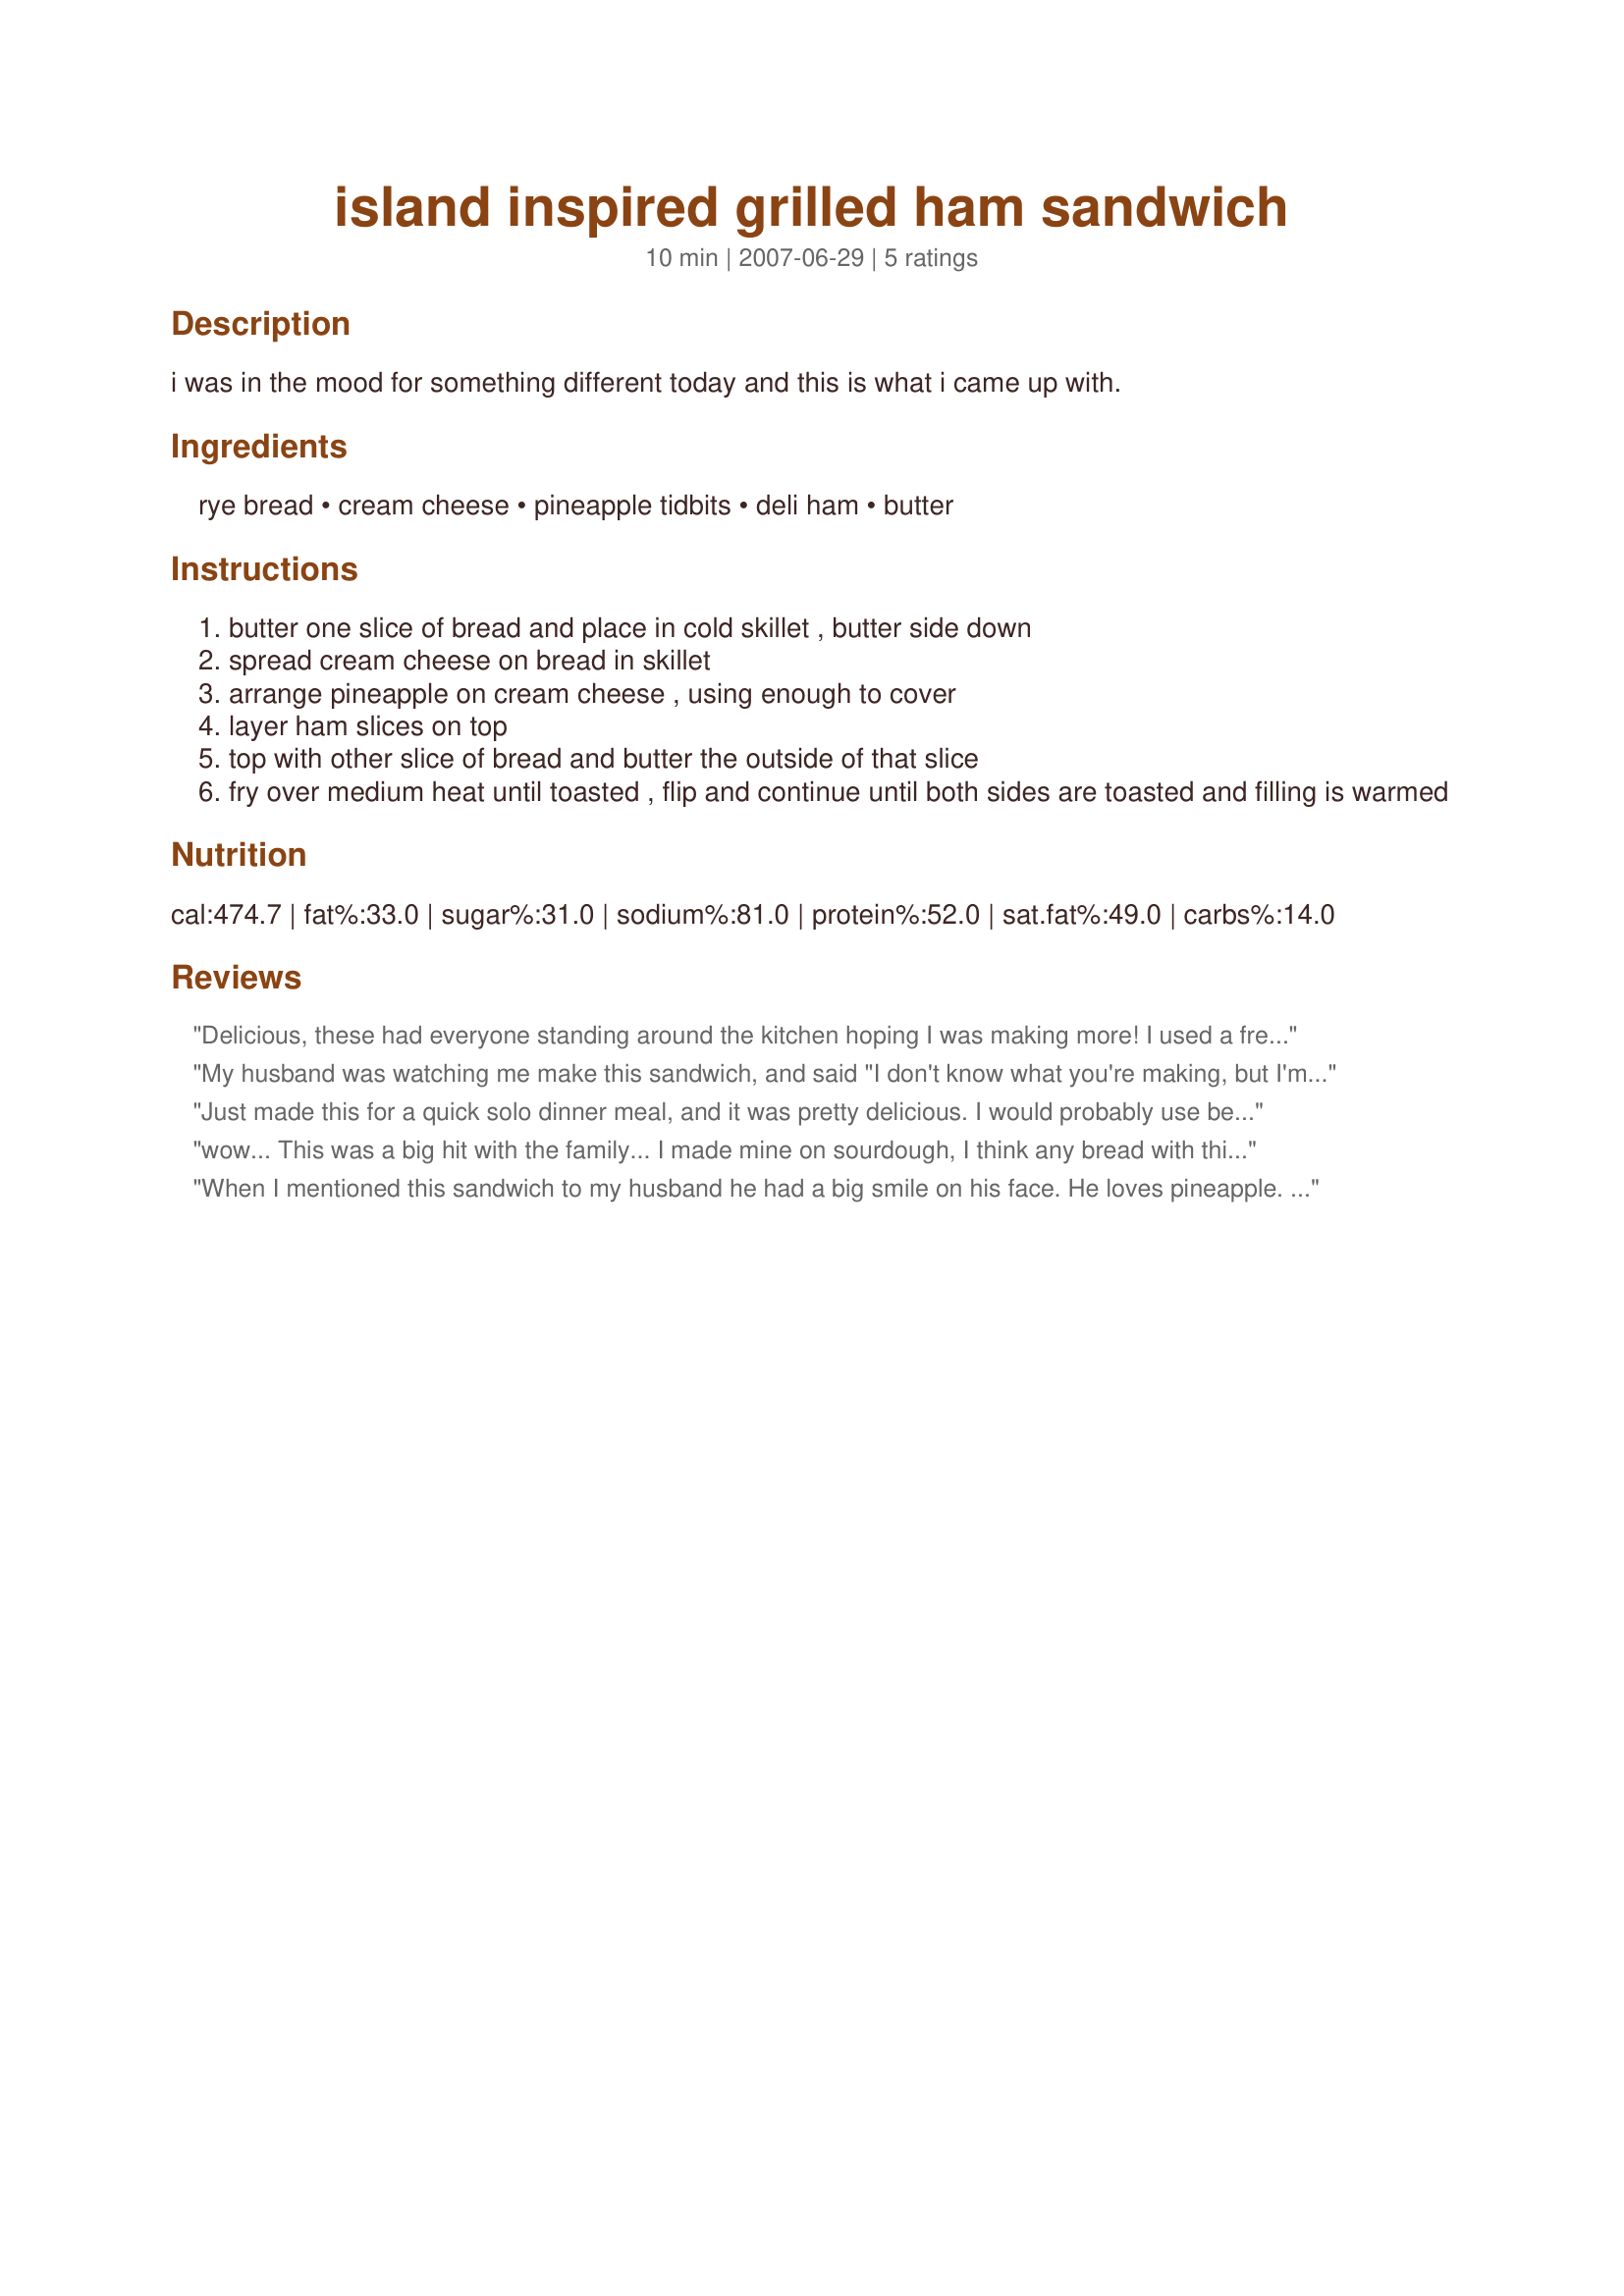
island inspired grilled ham sandwich
Preparation time: 10 minutes

i was in the mood for something different today and this is what i came up with.

Ingredients:
rye bread, cream cheese, pineapple tidbits, deli ham, butter

Steps:
butter one slice of bread and place in cold skillet , butter side down
spread cream cheese on bread in skillet
arrange pineapple on cream cheese , using enough to cover
layer ham slices on top
top with other slice of bread and butter the outside of that slice
fry over medium heat until toasted , flip and continue until both sides are toasted and filling is warmed

Reviews:
Delicious, these had everyone standing around the kitchen hoping I was making more! I used a fresh pineapple sliced thin and some "English toasting bread" - a nice white I picked up at the store. Thank you for posting!
My husband was watching me make this sandwich, and said "I don't know what you're making, but I'm very excited" (loves pineapple) 
I used used cold bread and room temp cream cheese for easier spreading. Sandwich did not disappoint!
Just made this for a quick solo dinner meal, and it was pretty delicious. I would probably use better (read: sturdier) bread next time, and add a bit more cream cheese, but this was really solid - very quick - solution in a moment of hunger. I appreciate a creative take on an easy idea, and this definitely qualifies. I&#039;ll be making this again, with a bit more trial and error to see where I can take this.
wow... This was a big hit with the family... I made mine on sourdough, I think any bread with this will be great! Thanks for a great Sammich!
When I mentioned this sandwich to my husband he had a big smile on his face. He loves pineapple. I made it as directed except for the rye bread which I didn't have. I used a homemade oatmeal bread which was yummy. The pineapple and cream cheese were delicious. My mom used to mix that together when I was little with walnuts and put it between bread in my lunchbox, so I knew I would like it. Thanks Marg for thinking this gem up. We loved it and will make it again. Edit: Opps, forgot to click on the stars.
